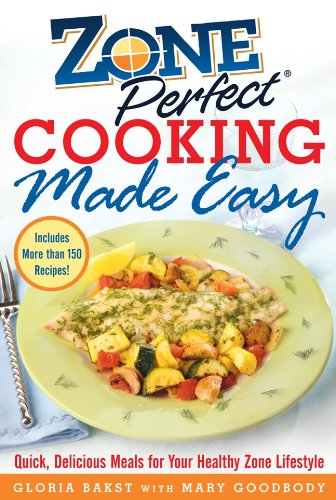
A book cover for ZonePerfect Cooking Made Easy: Quick, Delicious Meals for Your Healthy Zone Lifestyle; Gloria Bakst; Health, Fitness & Dieting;